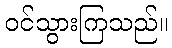
ဝင်သွားကြသည်။